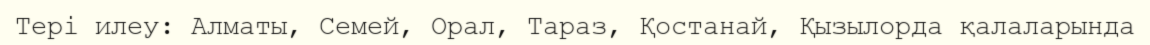
Тері илеу: Алматы, Семей, Орал, Тараз, Қостанай, Қызылорда қалаларында